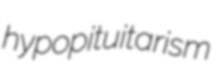
hypopituitarism